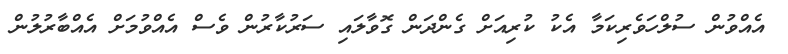
އެއްވުން ސުލްހަވެރިކަމާ އެކު ކުރިއަށް ގެންދަން ގޮވާލައި ސަރުކާރުން ވެސް އެއްވުމަށް އެއްބާރުލުން